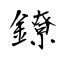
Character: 鐐